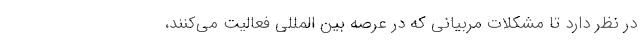
در نظر دارد تا مشکلات مربیانی که در عرصه بین المللی فعالیت می‌کنند،